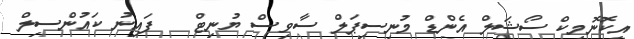
އިކޮނޮމިކް ސޯޝަލް އެންޑް މުނިސިޕަލް ސާވިސް ޔުނިޓް   ފައިނު ކައުންސިލް